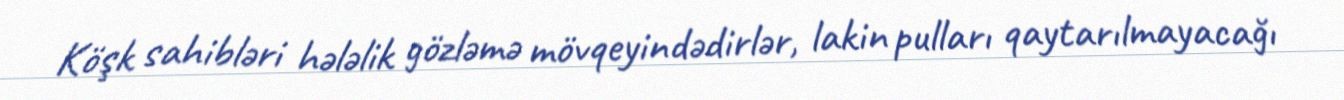
Köşk sahibləri hələlik gözləmə mövqeyindədirlər, lakin pulları qaytarılmayacağı